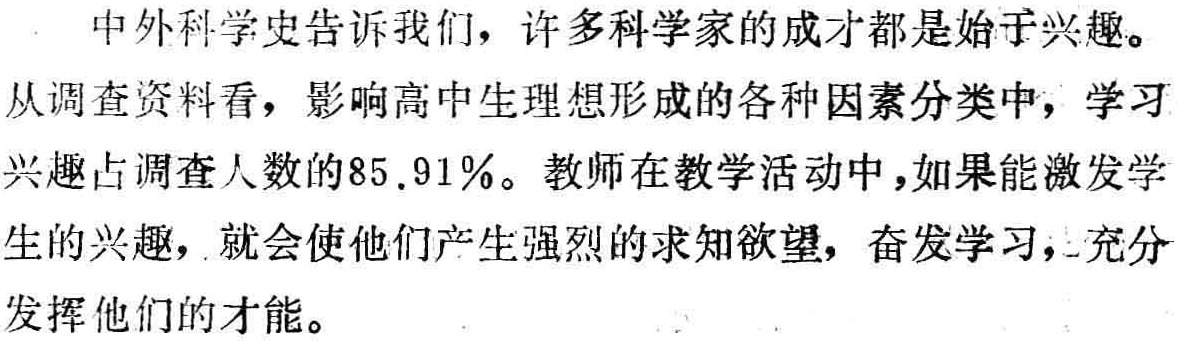
中外科学史告诉我们，许多科学家的成才都是始于兴趣。从调查资料看，影响高中生理想形成的各种因素分类中，学习兴趣占调查人数的85.91%。教师在教学活动中，如果能激发学生的兴趣，就会使他们产生强烈的求知欲望，奋发学习，充分发挥他们的才能。